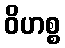
ဝိဟစ္စ